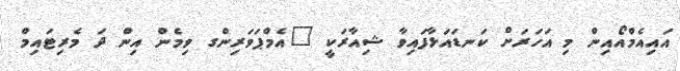
އައިއެމްއޯއިން މި އަހަރަށް ކަނޑައަޅާފައިވާ ޝިއާރަކީ "އެމްޕަވަރިންގ ވިމެން އިން ދަ މެރިޓައިމް